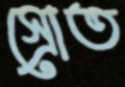
স্রোত